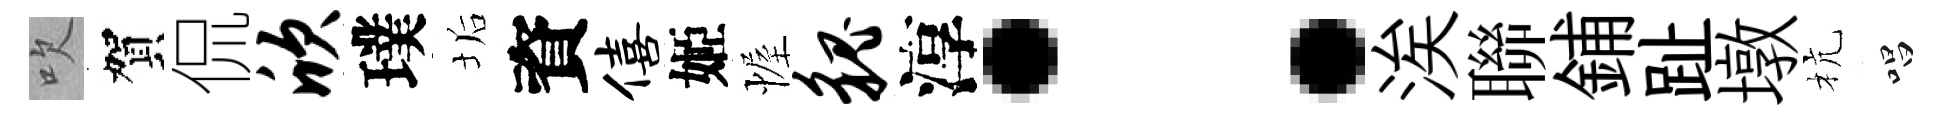
吹賀侃欣璞垢資僖姬幄貌淳：涘聯鋪趾墩杭唱